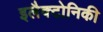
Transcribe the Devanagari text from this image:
इलैक्टोनिकी